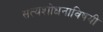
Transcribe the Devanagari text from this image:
सत्यशोधनाविषयी